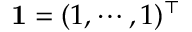
\mathbf { 1 } = ( 1 , \cdots , 1 ) ^ { \top }